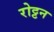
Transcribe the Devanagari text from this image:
रोट्टन